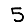
Digit: 5